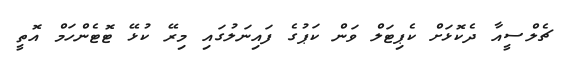
ޗެލްސީއާ ދެކޮޅަށް ކެޕިޓަލް ވަން ކަޕުގެ ފައިނަލުގައި މިރޭ ކުޅޭ ޓޮޓެންހަމް އޮތީ